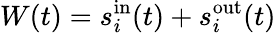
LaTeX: W(t)=s_{i}^{\mathrm{in}}(t)+s_{i}^{\mathrm{out}}(t)